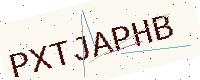
Text: PXTJAPHB